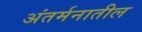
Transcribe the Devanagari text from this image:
अंतर्मनातील